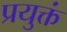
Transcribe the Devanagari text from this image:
प्रयुक्तं